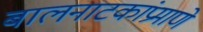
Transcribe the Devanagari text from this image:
बालनाटकांप्रमाणे